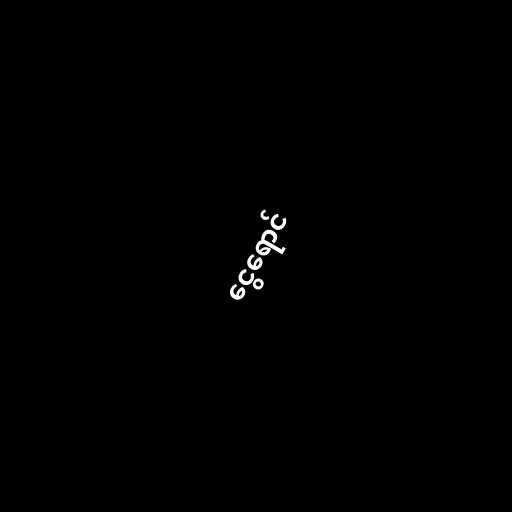
ငွေရောင်